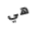
هي